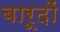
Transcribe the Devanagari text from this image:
बारूदों